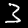
Label: 3